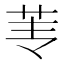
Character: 𰰫